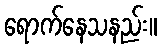
ရောက်နေသနည်း။